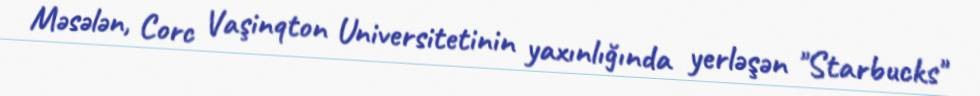
Məsələn, Corc Vaşinqton Universitetinin yaxınlığında yerləşən "Starbucks"